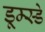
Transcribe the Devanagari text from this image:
डूम्स्डे